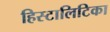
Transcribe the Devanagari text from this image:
हिस्टालिटिका